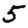
Digit: 5